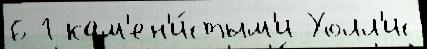
6 1 кам'ен'и́стым'и Уолл'ис